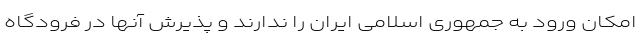
امکان ورود به جمهوری اسلامی ایران را ندارند و پذیرش آنها در فرودگاه